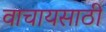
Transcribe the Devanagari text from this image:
वाचायसाठी